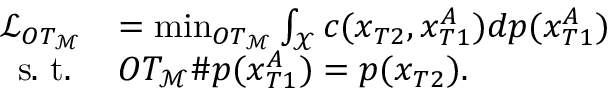
\begin{array} { r l } { \mathcal { L } _ { O T _ { \mathcal { M } } } } & { = \operatorname* { m i n } _ { O T _ { \mathcal { M } } } \int _ { \mathcal { X } } c ( x _ { T 2 } , x _ { T 1 } ^ { A } ) d p ( x _ { T 1 } ^ { A } ) } \\ { \mathrm { s . ~ t . ~ } } & { O T _ { \mathcal { M } } \# p ( x _ { T 1 } ^ { A } ) = p ( x _ { T 2 } ) . } \end{array}